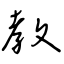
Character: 教